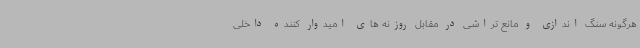
هرگونه سنگ اندازی و مانع تراشی در مقابل روزنه های امیدوار کننده داخلی